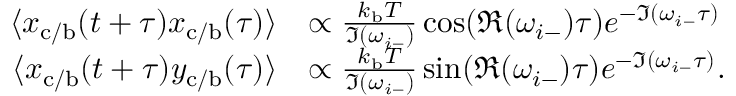
\begin{array} { r l } { \langle x _ { \mathrm { c / b } } ( t + \tau ) x _ { \mathrm { c / b } } ( \tau ) \rangle } & { \propto \frac { k _ { \mathrm { b } } T } { \Im ( \omega _ { i - } ) } \cos ( \Re ( \omega _ { i - } ) \tau ) e ^ { - \Im ( \omega _ { i - } \tau ) } } \\ { \langle x _ { \mathrm { c / b } } ( t + \tau ) y _ { \mathrm { c / b } } ( \tau ) \rangle } & { \propto \frac { k _ { \mathrm { b } } T } { \Im ( \omega _ { i - } ) } \sin ( \Re ( \omega _ { i - } ) \tau ) e ^ { - \Im ( \omega _ { i - } \tau ) } . } \end{array}